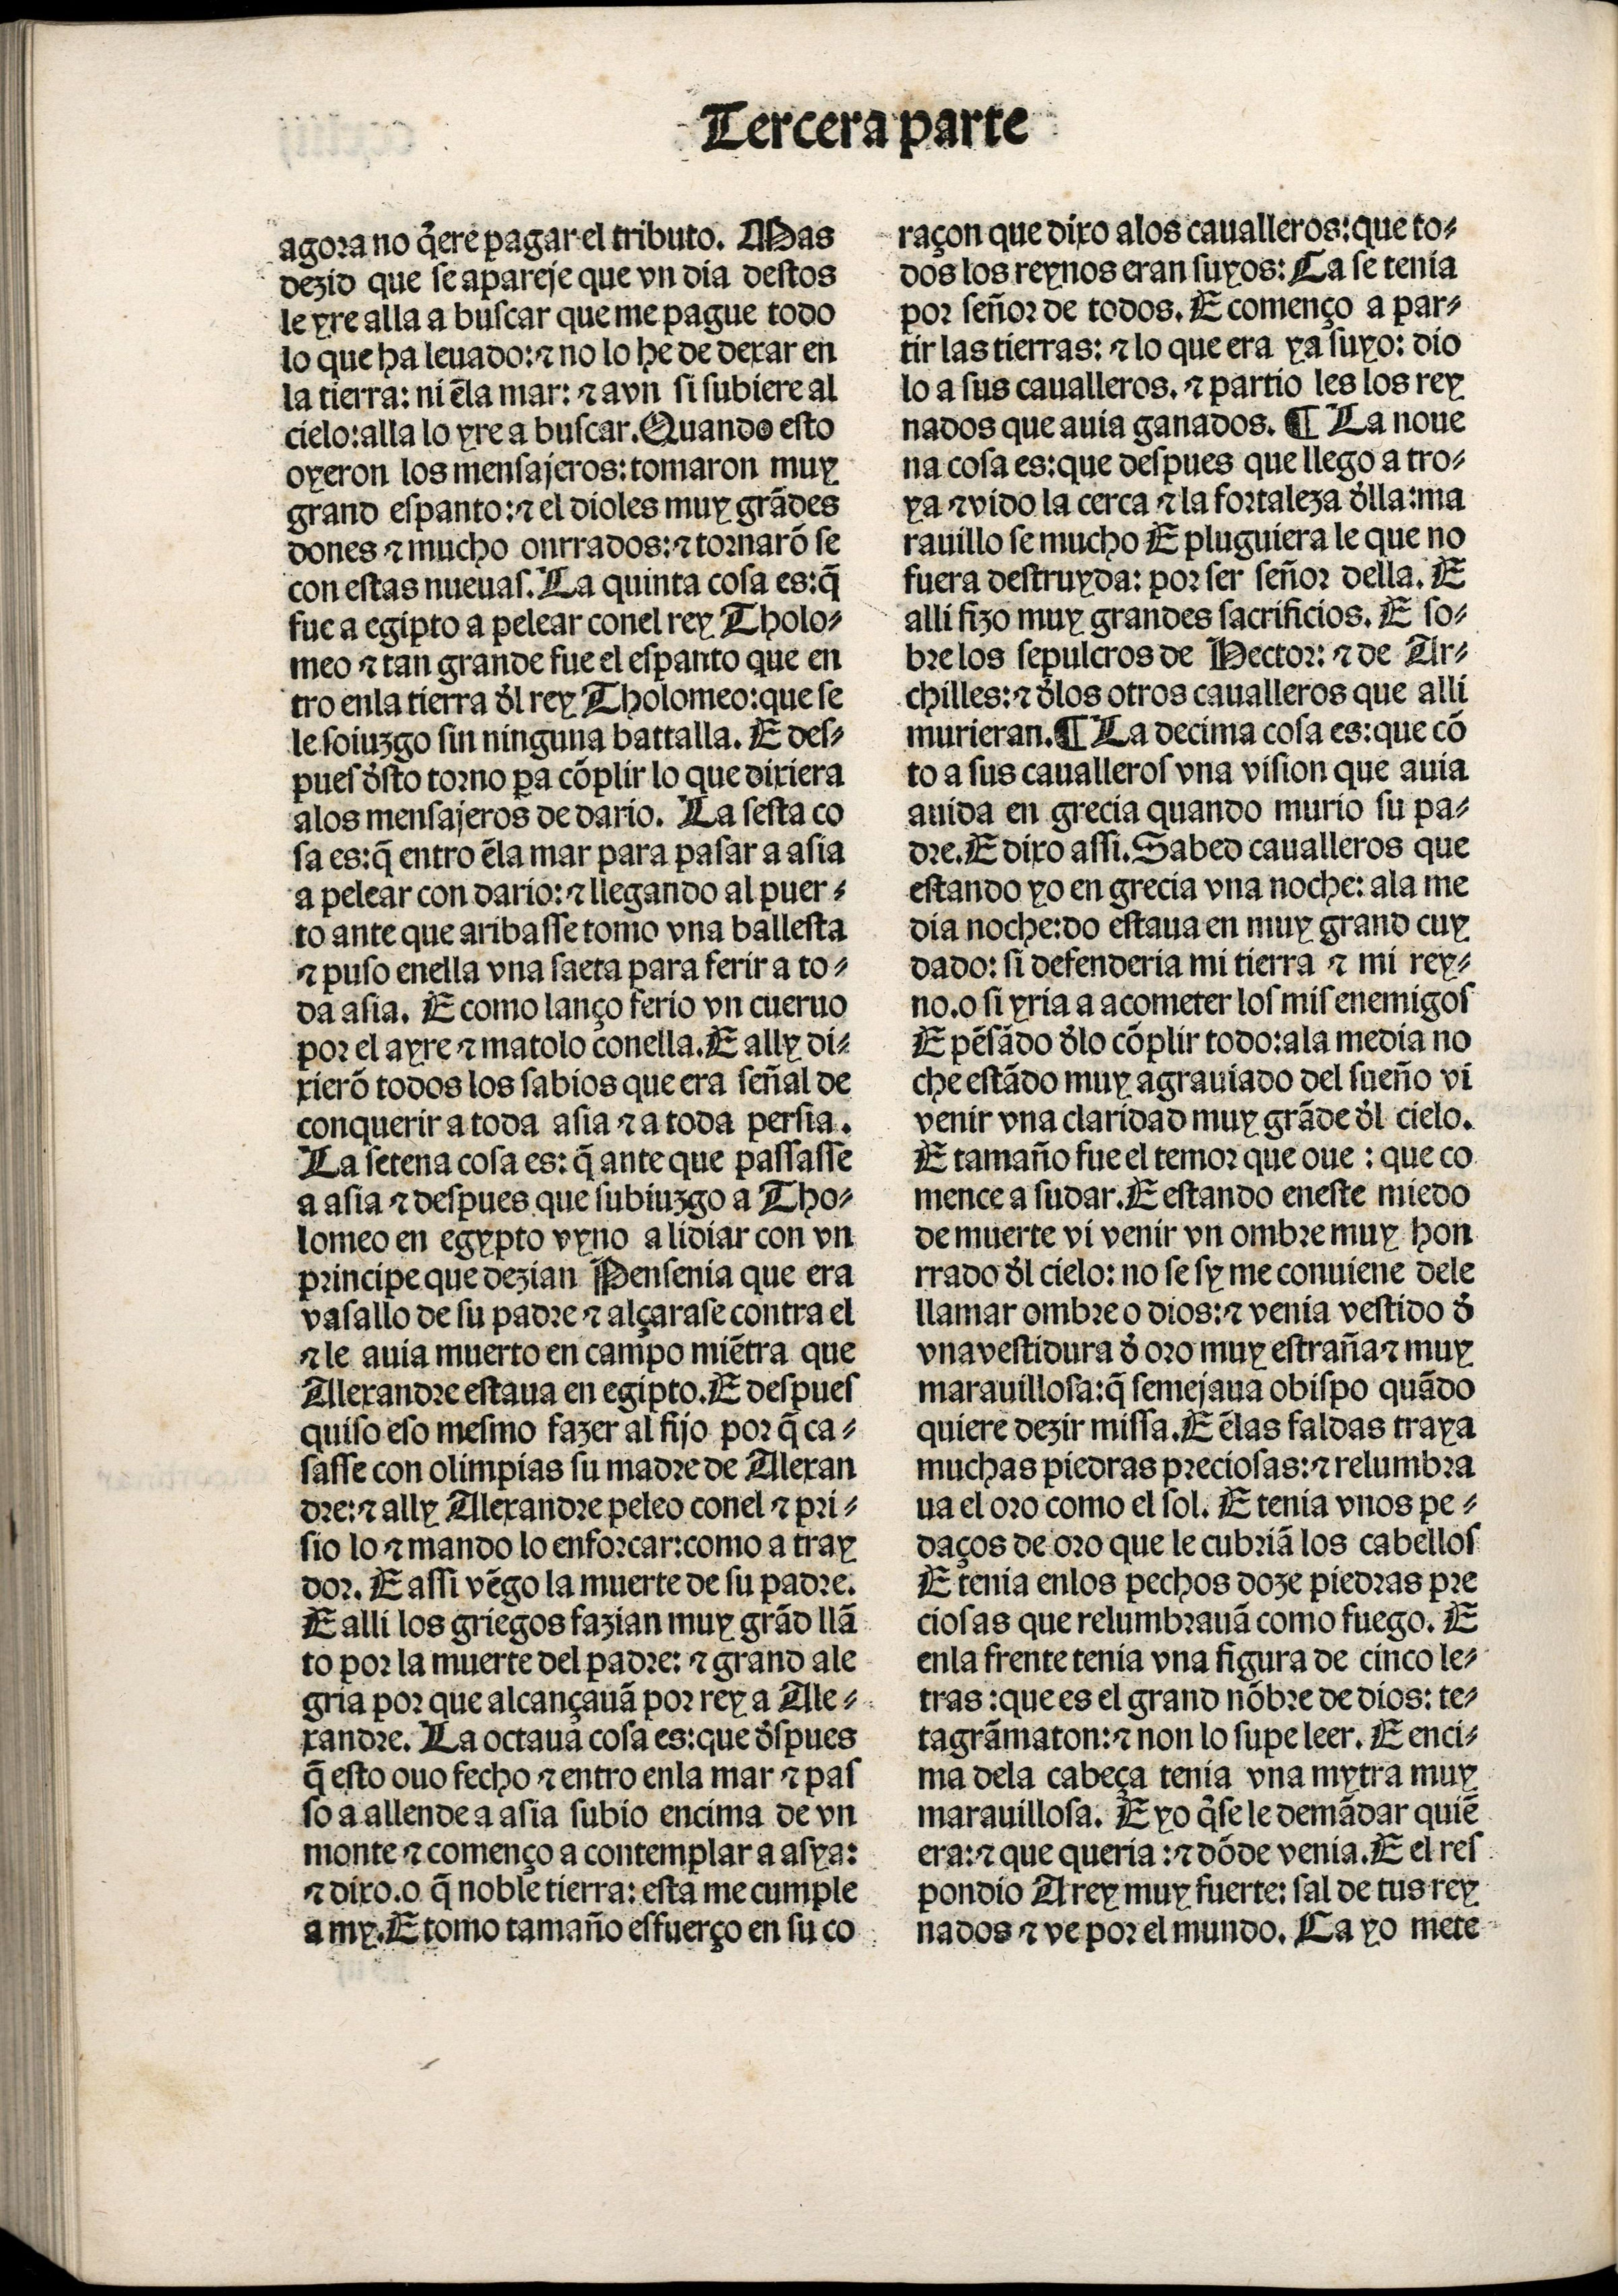
Shelfmark: Madrid, BNE, Inc. 901
Century: 15